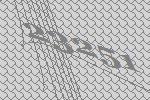
23251